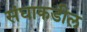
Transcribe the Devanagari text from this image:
संघाकडील